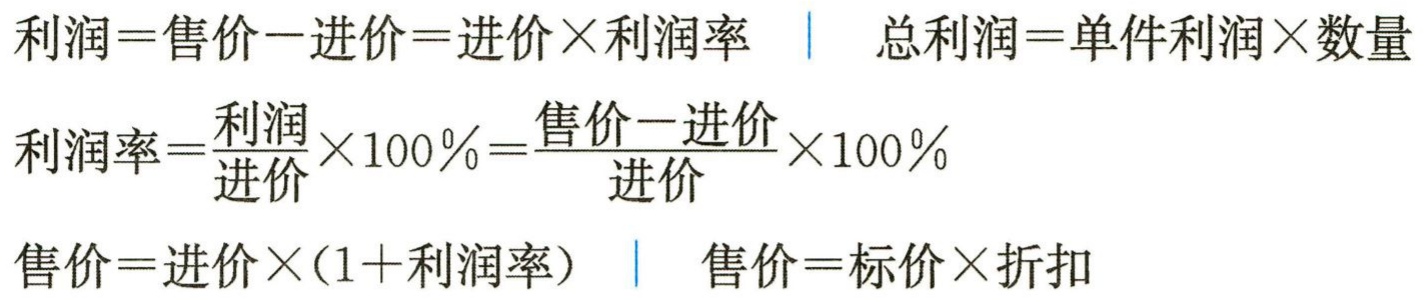
利润=售价−进价=进价×利润率 \| 总利润=单件利润×数量
利润率=$\frac{利润}{进价} \times 100\%=\frac{售价 - 进价}{进价} \times 100\%$
售价=进价×(1+利润率) \| 售价=标价×折扣